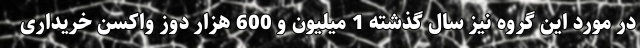
در مورد این گروه نیز سال گذشته 1 میلیون و 600 هزار دوز واکسن خریداری